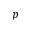
p